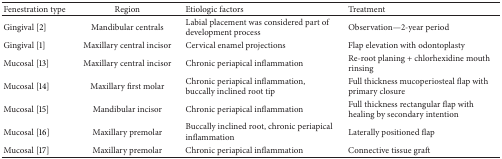
<table><thead><tr><td><b>Fenestration type</b></td><td><b>Region</b></td><td><b>Etiologic factors</b></td><td><b>Treatment</b></td></tr></thead><tbody><tr><td>Gingival [2]</td><td>Mandibular centrals</td><td>Labial placement was considered part of development process </td><td>Observation—2-year period</td></tr><tr><td>Gingival [1]</td><td>Maxillary central incisor</td><td>Cervical enamel projections</td><td>Flap elevation with odontoplasty</td></tr><tr><td>Mucosal [13]</td><td>Maxillary central incisor</td><td>Chronic periapical inflammation</td><td>Re-root planing + chlorhexidine mouth rinsing</td></tr><tr><td>Mucosal [14]</td><td>Maxillary first molar</td><td>Chronic periapical inflammation, buccally inclined root tip</td><td>Full thickness mucoperiosteal flap with primary closure</td></tr><tr><td>Mucosal [15]</td><td>Mandibular incisor</td><td>Chronic periapical inflammation</td><td>Full thickness rectangular flap with healing by secondary intention</td></tr><tr><td>Mucosal [16]</td><td>Maxillary premolar</td><td>Buccally inclined root, chronic periapical inflammation</td><td>Laterally positioned flap</td></tr><tr><td>Mucosal [17]</td><td>Maxillary premolar </td><td>Chronic periapical inflammation</td><td>Connective tissue graft</td></tr></tbody></table>